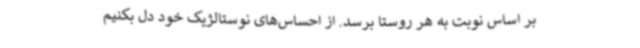
بر اساس نوبت به هر روستا برسد. از احساس‌های نوستالژیک خود دل بکنیم